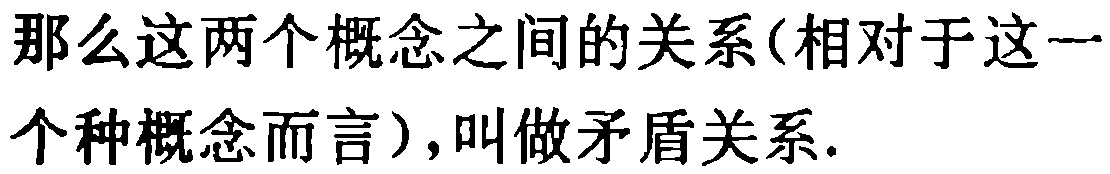
那么这两个概念之间的关系(相对于这一个种概念而言),叫做矛盾关系.